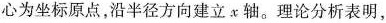
心为坐标原点，沿半径方向建立x轴。理论分析表明，